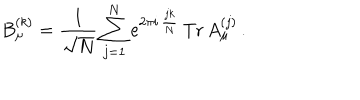
B _ { \mu } ^ { ( k ) } = { \frac { 1 } { \sqrt { N } } } \sum _ { j = 1 } ^ { N } e ^ { 2 \pi i \, { \frac { j k } { N } } } \, \mathrm { T r } \, A _ { \mu } ^ { ( j ) } \, .